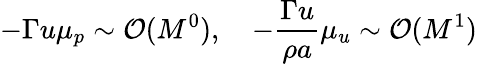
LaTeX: -\Gamma u\mu_{p}\sim\mathcal{O}(M^{0}),\quad-\frac{\Gamma u}{\rho a}\mu_{u}\sim\mathcal{O}(M^{1})